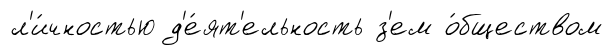
л'и́чностью д'е́ят'ельность з'ем о́бществом